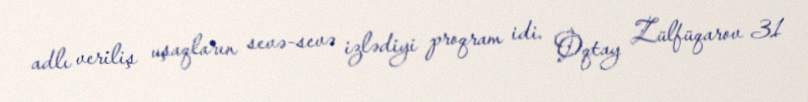
adlı veriliş uşaqların sevə-sevə izlədiyi proqram idi. Oqtay Zülfüqarov 31